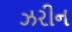
ઝરીન